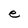
Character: e